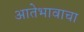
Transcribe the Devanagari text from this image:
आतेभावाचा